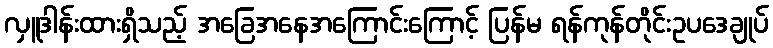
လှူဒါန်းထားရှိသည့် အခြေအနေအကြောင်းကြောင့် ပြန်မ ရန်ကုန်တိုင်းဥပဒေချုပ်